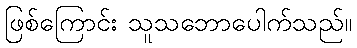
ဖြစ်ကြောင်း သူသဘောပေါက်သည်။